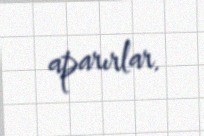
aparırlar.